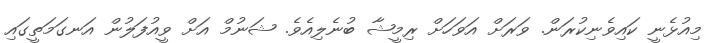
މިއުޅެނީ ކައިވެނިކުރަން. ވަރަށް އަވަހަށް ރިމީޝާ ބުނެލިއެވެ. ޝަނުމް އަށް ވީއުފަލުން އަނގަމަތީގައި